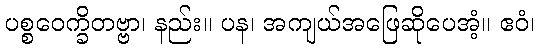
ပစ္စဝေက္ခိတဗ္ဗာ၊ နည်း။ ပန၊ အကျယ်အဖြေဆိုပေအံ့။ ဧဝံ၊